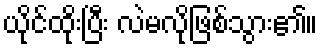
ယိုင်ထိုးပြီး လဲမလိုဖြစ်သွား၏။